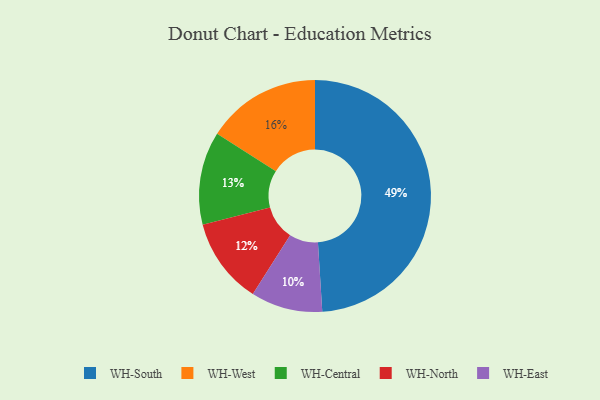
{"axis": {"x": "Category", "y": "Percentage"}, "legend": ["WH-Central", "WH-East", "WH-North", "WH-South", "WH-West"], "data": [{"x": "WH-West", "y": 16, "type": "WH-West"}, {"x": "WH-Central", "y": 13, "type": "WH-Central"}, {"x": "WH-North", "y": 12, "type": "WH-North"}, {"x": "WH-South", "y": 49, "type": "WH-South"}, {"x": "WH-East", "y": 10, "type": "WH-East"}]}